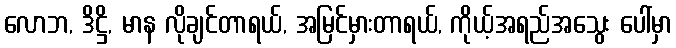
လောဘ, ဒိဋ္ဌိ, မာန လိုချင်တာရယ်, အမြင်မှားတာရယ်, ကိုယ့်အရည်အသွေး ပေါ်မှာ